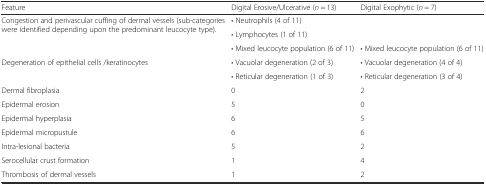
| Feature | Digital Erosive/Ulcerative (n = 13) | Digital Exophytic (n = 7) |
 | --- | --- | --- |
 | <ROWSPAN=3> Congestion and perivascular cuffing of dermal vessels (sub-categories were identified depending upon the predominant leucocyte type). | • Neutrophils (4 of 11) |  |
 | • Lymphocytes (1 of 11) |  |
 | • Mixed leucocyte population (6 of 11) | • Mixed leucocyte population (6 of 11) |
 | <ROWSPAN=2> Degeneration of epithelial cells /keratinocytes | • Vacuolar degeneration (2 of 3) | • Vacuolar degeneration (4 of 4) |
 | • Reticular degeneration (1 of 3) | • Reticular degeneration (3 of 4) |
 | Dermal fibroplasia | 0 | 2 |
 | Epidermal erosion | 5 | 0 |
 | Epidermal hyperplasia | 6 | 5 |
 | Epidermal micropustule | 6 | 6 |
 | Intra-lesional bacteria | 5 | 2 |
 | Serocellular crust formation | 1 | 4 |
 | Thrombosis of dermal vessels | 1 | 2 |